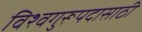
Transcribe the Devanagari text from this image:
विश्वगुरूपदासाठी